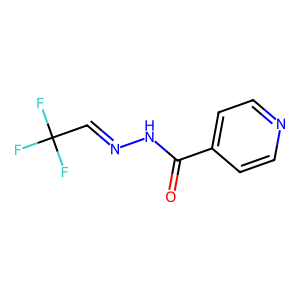
SMILES: O=C(NN=CC(F)(F)F)c1ccncc1
Inhibits HIV replication: No